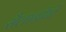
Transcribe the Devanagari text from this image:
सैलानीयों